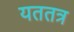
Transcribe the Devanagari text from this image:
यततत्र